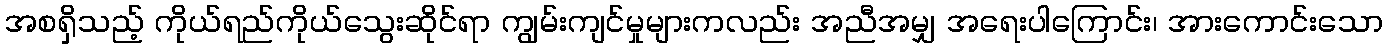
အစရှိသည့် ကိုယ်ရည်ကိုယ်သွေးဆိုင်ရာ ကျွမ်းကျင်မှုများကလည်း အညီအမျှ အရေးပါကြောင်း၊ အားကောင်းသော